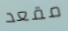
مقعد